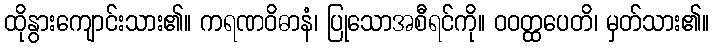
ထိုနွားကျောင်းသား၏။ ကရဏဝိဓာနံ၊ ပြုသောအစီရင်ကို။ ဝဝတ္ထပေတိ၊ မှတ်သား၏။